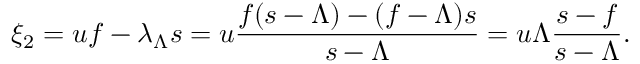
\xi _ { 2 } = u f - \lambda _ { \Lambda } s = u \frac { f ( s - \Lambda ) - ( f - \Lambda ) s } { s - \Lambda } = u \Lambda \frac { s - f } { s - \Lambda } .